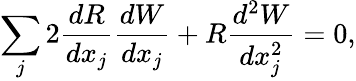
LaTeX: \sum_{j}2\frac{dR}{dx_{j}}\frac{dW}{dx_{j}}+R\frac{d^{2}W}{dx_{j}^{2}}=0,